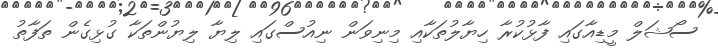
ސޯޝަލް މީޑިއާގައި ފާޅުކުރާ ހިޔާލުތަކާއި މިނިވަން ނިއުސްގައި ލިޔާ ލިޔުންތަކާ ގުޅިގެން ތަފާތު